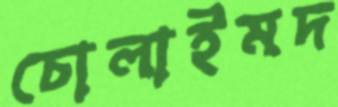
চোলাইমদ